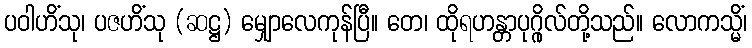
ပဝါဟိံသု၊ ပဇဟိံသု (ဆဋ္ဌ) မျှောလေကုန်ပြီ။ တေ၊ ထိုရဟန္တာပုဂ္ဂိုလ်တို့သည်။ လောကသ္မိံ၊